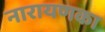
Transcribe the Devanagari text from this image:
नारायणका